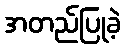
အတည်ပြုခဲ့